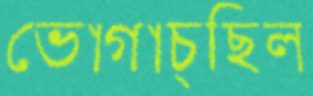
ভোগাচ্ছিল